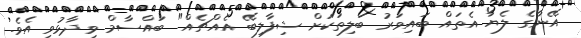
އޭނާގެ ލެޔާ އެތައް ބައިވަރު ބަލިތަކަށް ޝިފާލިބޭ އެއްޗެއް" ބައްސާމް ވިދާޅުވި އެވެ.